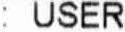
: USER